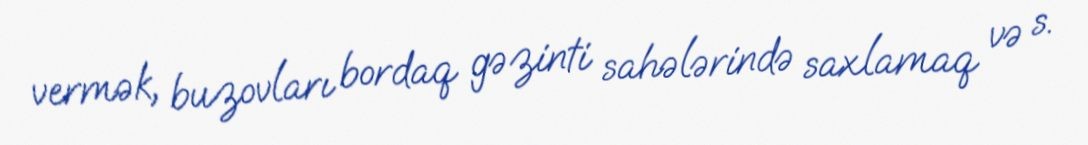
vermək, buzovları bordaq gəzinti sahələrində saxlamaq və s.